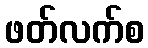
ဖတ်လက်စ